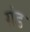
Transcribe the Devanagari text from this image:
ग्रंड